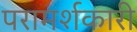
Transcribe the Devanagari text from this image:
परामर्शकारी